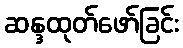
ဆန္ဒထုတ်ဖော်ခြင်း